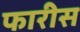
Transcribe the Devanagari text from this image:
फारीस